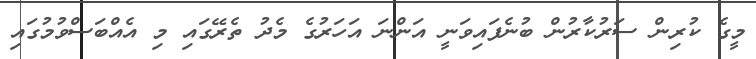
މީގެ ކުރިން ސަރުކާރުން ބުނެފައިވަނީ އަންނަ އަހަރުގެ މެދު ތެރޭގައި މި އެއްބަސްވުމުގައި